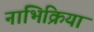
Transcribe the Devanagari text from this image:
नाभिक्रिया